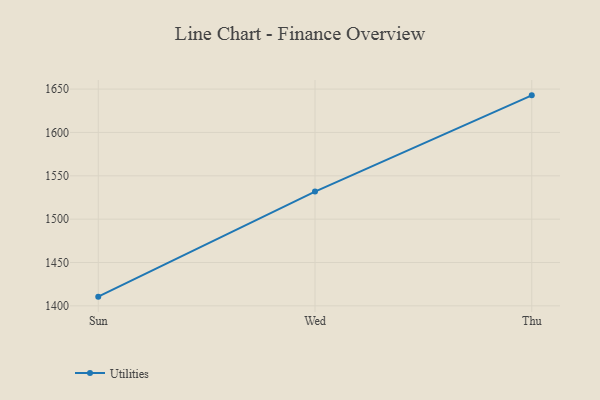
{"axis": {"x": "Day", "y": "Population (Million)"}, "legend": ["Utilities"], "data": [{"x": "Sun", "y": 1410.6, "type": "Utilities"}, {"x": "Wed", "y": 1531.8, "type": "Utilities"}, {"x": "Thu", "y": 1642.8, "type": "Utilities"}]}